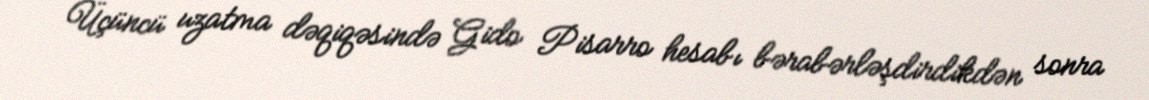
Üçüncü uzatma dəqiqəsində Gido Pisarro hesabı bərabərləşdirdikdən sonra